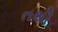
તથી